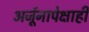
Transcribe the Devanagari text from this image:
अर्जूनापेक्षाही